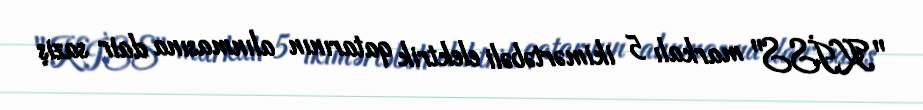
"KİSS" markalı 5 ikimərtəbəli elektrik qatarının alınmasına dair saziş